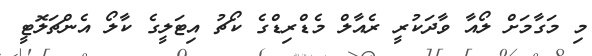
މި މަގާމަށް ލޯއާ ވާދަކުރީ ރެއާލް މެޑްރިޑްގެ ކޯޗު އިޓަލީގެ ކާލޯ އެންޗަލޮޓީ